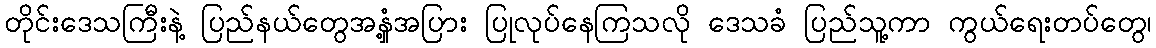
တိုင်းဒေသကြီးနဲ့ ပြည်နယ်တွေအနှံ့အပြား ပြုလုပ်နေကြသလို ဒေသခံ ပြည်သူ့ကာ ကွယ်ရေးတပ်တွေ၊